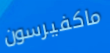
ماكفيرسون